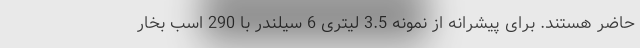
حاضر هستند. برای پیشرانه از نمونه 3.5 لیتری 6 سیلندر با 290 اسب بخار